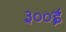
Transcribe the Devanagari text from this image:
३००ई